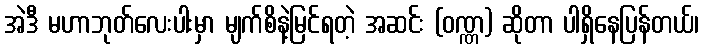
အဲဒီ မဟာဘုတ်လေးပါးမှာ မျက်စိနဲ့မြင်ရတဲ့ အဆင်း (ဝဏ္ဏ) ဆိုတာ ပါရှိနေပြန်တယ်၊